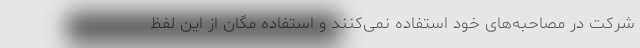
شرکت در مصاحبه‌های خود استفاده نمی‌کنند و استفاده مگان از این لفظ